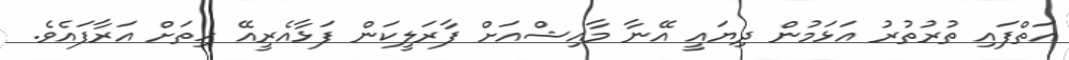
އަތްފައި ތުރުތުރު އަޅަމުން ދިޔައީ އޭނާ މާއިޝްއަށް ފާރަލީކަން ފަޅާއެރީއޭ ހިތަށް އަރާފައެވެ.